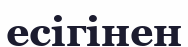
есігінен